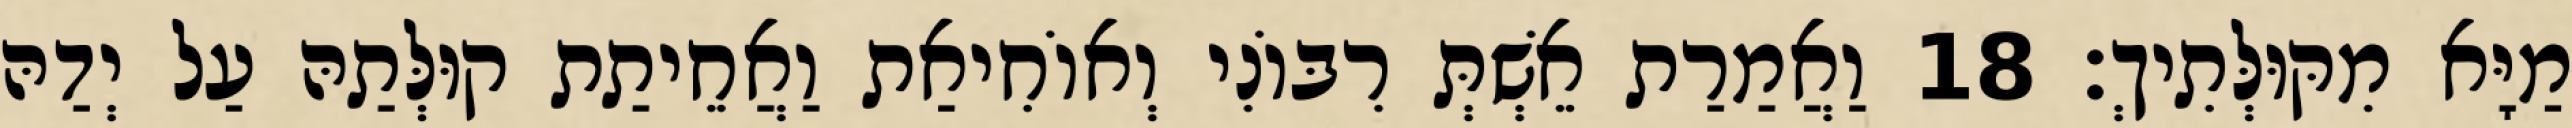
מַיָּא מִקּוּלְּתִיךְ׃ 18 וַאֲמַרַת אֵשְׁתְּ רִבּוֹנִי וְאוֹחִיאַת וַאֲחֵיתַת קוּלְּתַהּ עַל יְדַהּ